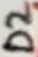
Text: D2